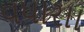
વધારાા